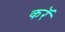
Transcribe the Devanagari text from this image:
करॅ